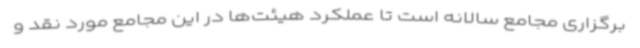
برگزاری مجامع سالانه است تا عملکرد هیئت‌ها در این مجامع مورد نقد و